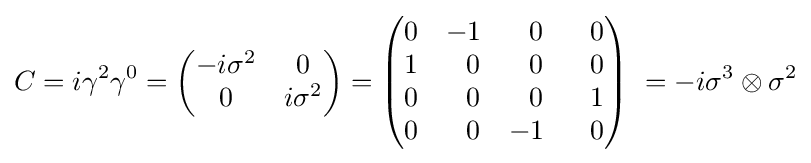
C=i\gamma ^{2}\gamma ^{0}={\begin{pmatrix}-i\sigma ^{2}&0\\0&i\sigma ^{2}\end{pmatrix}}={\begin{pmatrix}0&-1&~~0&~~0\\1&~~0&~~0&~~0\\0&~~0&~~0&~~1\\0&~~0&-1&~~0\\\end{pmatrix}}~=-i\sigma ^{3}\otimes \sigma ^{2}